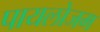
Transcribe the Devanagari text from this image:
पायलोजम